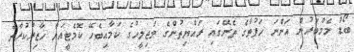
ބޯޑު މެމްބަރުން އަންނަ ހަފުތާގެ ތެރޭގައި ރައްޔިތުންގެ މަޖިލީހުގެ ކަމާއިބެހޭ ކޮމެޓީއަށް ހާޒިރުކުރާނެ